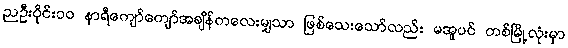
ညဦးပိုင်း၁၀ နာရီကျော်ကျော်အချိန်ကလေးမျှသာ ဖြစ်သေးသော်လည်း မအူပင် တစ်မြို့လုံးမှာ